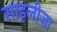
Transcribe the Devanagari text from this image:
साइलीज़ा